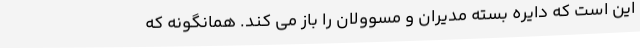
این است که دایره بسته مدیران و مسوولان را باز می کند. همانگونه که